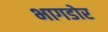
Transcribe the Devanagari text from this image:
भागडोर